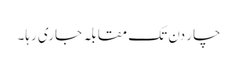
چار دن تک مقابلہ جاری رہا۔